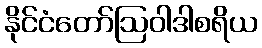
နိုင်ငံတော်ဩဝါဒါစရိယ